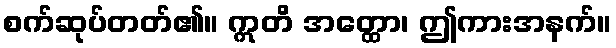
စက်ဆုပ်တတ်၏။ ဣတိ အတ္ထော၊ ဤကားအနက်။